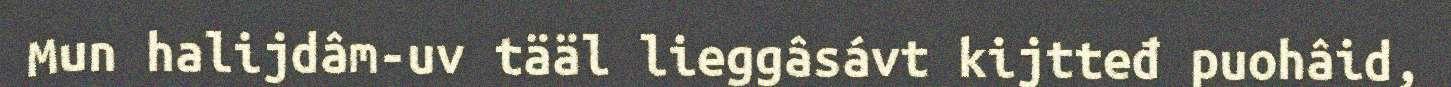
Mun halijdâm-uv tääl lieggâsávt kijtteđ puohâid,